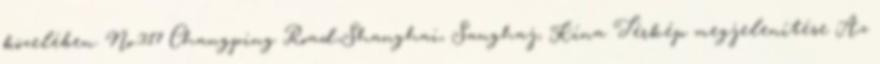
közelében. No.317 Changping Road,Shanghai, Sanghaj, Kína Térkép megjelenítése Az